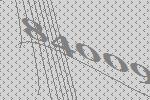
84009